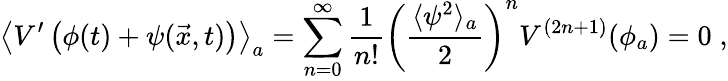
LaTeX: \left\langle V^{\prime}\left(\phi(t)+\psi(\vec{x},t)\right)\right\rangle_{a}=\sum_{n=0}^{\infty}\frac{1}{n!}\left(\frac{\langle\psi^{2}\rangle_{a}}{2}\right)^{n}V^{(2n+1)}(\phi_{a})=0\; ,